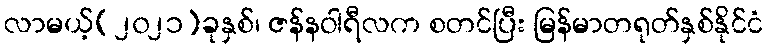
လာမယ့်(၂၀၂၁)ခုနှစ်၊ ဇန်နဝါရီလက စတင်ပြီး မြန်မာတရုတ်နှစ်နိုင်ငံ